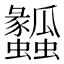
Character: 𤬤